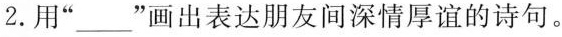
2.用”___”画出表达朋友间深情厚谊的诗句。